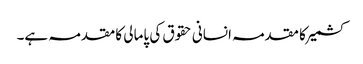
کشمیر کا مقدمہ انسانی حقوق کی پامالی کا مقدمہ ہے۔